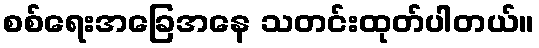
စစ်ရေးအခြေအနေ သတင်းထုတ်ပါတယ်။